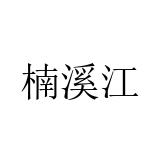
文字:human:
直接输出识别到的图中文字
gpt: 楠溪江